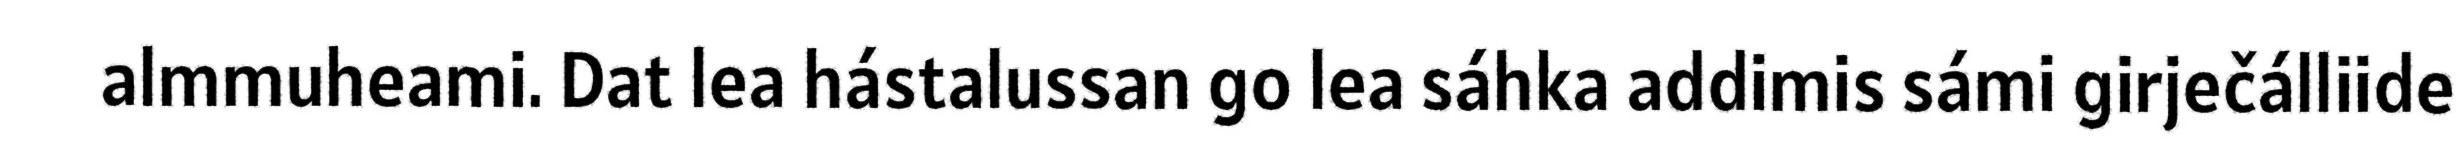
almmuheami. Dat lea hástalussan go lea sáhka addimis sámi girječálliide